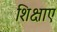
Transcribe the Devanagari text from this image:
शिक्षाए